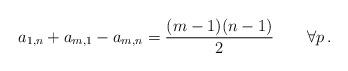
LaTeX: \begin{align*} a_{1,n}+a_{m,1}-a_{m,n}=\frac{ (m-1)(n-1)}{2} \qquad \forall p \, .\end{align*}